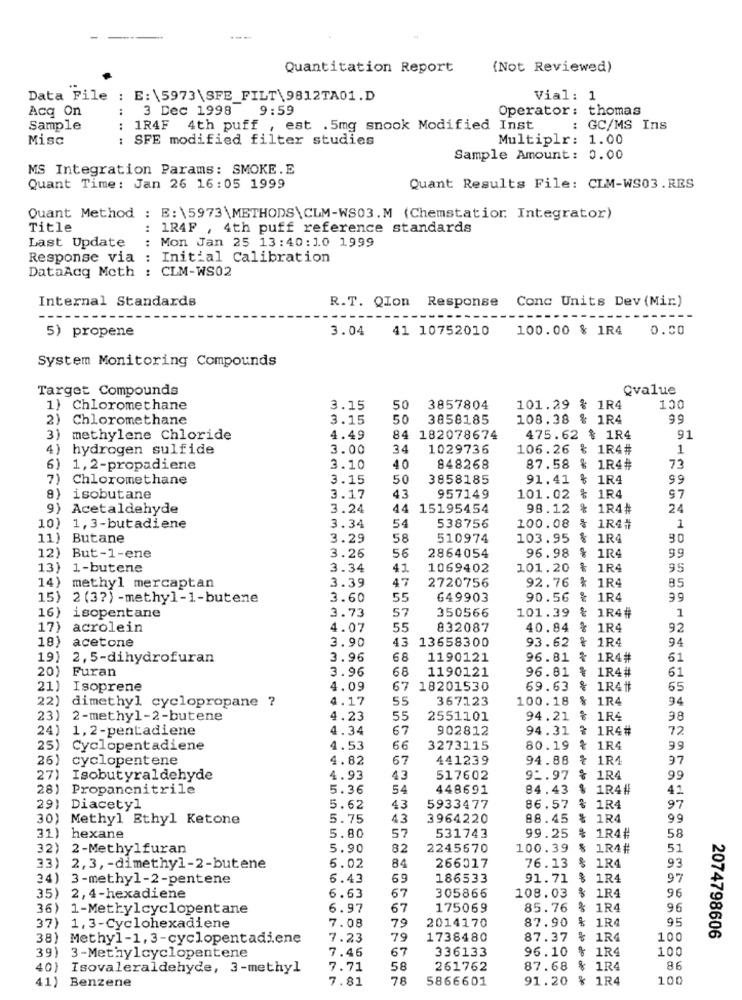
Quantitation Report
(Not Reviewed)
Data File : E: \5973\SFE_FILT\9812TA01.D
Vial: 1
Acq On
3 Dec 1998 9:59
Operator: thomas
Sample
: 1R4F
4th puff , est .5mg snook Modified Inst
: GC/MS Ins
Misc
: SFE modified filter studies
Multiplr: 1.00
Sample Amount: 0.00
MS Integration Params: SMOKE. E
Quant Time: Jan 26 16:05 1999
Quant Results File: CLM-WS03.RES
Quant Method : E:\5973\METHODS\CLM-WS03.M (Chemstatior. Integrator)
Title
: 1R4F , 4th puff reference standards
Last Update
: Mon Jan 25 13:40:1.0 1999
Response via : Initial Calibration
DataAdg Moth : CLM-WS02
Internal Standards
R.T. QIon Response Conc Units Dev (Mir.)
3.04 41 10752010 100.00 % 1R4 0.00
5) propene
System Monitoring Compounds
Target Compounds
Qvalue
1} Chloromethane
3.15
50
3857804
101.29 % 1R4
100
2) Chloromethane
3.15
50
3858185
108.38 % 1R4
99
3) methylene Chloride
4.49
84
182078674
475.62 % 1R4
91
4) hydrogen sulfide
3.00
34
1029736
106.26 % 1R4#
1
6)
1, 2-propadiene
3.10
40
848268
87.58 % 1R4#
73
7)
Chloromethane
3.15
50
3858185
91.41
& 1R4
99
& 1R4
isobutane
3.17
43
957149
101.02
97
9) Acetaldehyde
3.24
44 15195454
98.12
1R4#
24
538756
10) 1,3-butadiene
3.34
54
100.08
1R4#
1
11)
Butane
3.29
58
510974
103.95
1R4
30
56
2864054
96.98
1R4
99
12) But-1-ene
3.26
13) 1-butene
3.34
41
1069402
101.20
1R4
95
47
& 1R4
14) methyl mercaptan
3.39
2720756
92.76
85
15) 2 (37) -methyl-1-butene
3.60
55
649903
90.56
% 1R4
99
16)
57
101.39
isopentane
3.73
350566
& 1R4#f
1
17) acrolein
4.07
55
832087
40.84
1R4
92
18)
acetone
3.90
43
13658300
93.62
& 1R4
94
19)
2, 5-dihydrofuran
3.96
68
1190121
96.81
1R4#
61
20)
Furan
3.96
68
1190121
96.81 % 1R4#
61
21)
Isoprene
4.09
67 18201530
69.63
% 1R41
65
22)
4.17
55
367123
100.18
& 1R4
94
dimethyl cyclopropane ?
23)
2-methyl-2-butene
4.23
55
2551101
94.21
& 1R4
98
24)
1, 2-pentadiene
4.34
67
902812
94.31 & 1R4#
72
25) Cyclopentadiene
4.53
66
3273115
80.19
₹ 1R4
99
26)
cyclopentene
4.82
67
441239
94.88 ₺ 1R4
97
27) Isobutyraldehyde
4.93
43
517602
92.97 % 1R4
99
28) Propanonitrile
5.36
54
448691
84.43
% 1R4#
41
29) Diacetyl
5.62
43
5933477
86.57 % 1R4
97
30) Methyl Ethyl Ketone
5.75
43
3964220
88.45 % 1R4
99
57
531743
58
31) hexane
5.80
99.25 % 1R4#
32) 2-Methylfuran
5.90
82
2245670
100.39 % 1R4#
51
33) 2,3, - dimethyl-2-butene
6.02
84
266017
76.13
1R4
93
34) 3-methyl-2-pentene
6.43
69
186533
91.71 % 1R4
97
35) 2,4-hexadiene
6.63
67
305866
108.03 % 1R4
96
36) 1-Methylcyclopentane
6.97
67
175069
85.76 % 1R4
96
2014170
87.90 % 1R4
op dp de
95
37) 1, 3-Cyclohexadiene
7.08
79
2074798606
38) Methyl-1, 3-cyclopentadiene
7.23
79
1738480
87.37 % 1R4
100
7.46
67
336133
96.10 % 1R4
100
39) 3-Methylcyclopentene
40) Isovaleraldehyde, 3-methyl
7.71
58
261762
87.68 % 1R4
86
7.81
78
5866601
91.20 % 1R4
100
41) Benzene